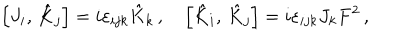
LaTeX: \left[ J _ { i } , \, \hat { K } _ { j } \right] = i \varepsilon _ { i j k } { \hat { K } } _ { k } \, , \quad \left[ { \hat { K } } _ { i } , \, { \hat { K } } _ { j } \right] = i \varepsilon _ { i j k } J _ { k } F ^ { 2 } \, ,